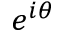
e ^ { i \theta }